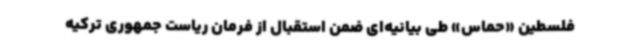
فلسطین «حماس» طی بیانیه‌ای ضمن استقبال از فرمان ریاست جمهوری ترکیه